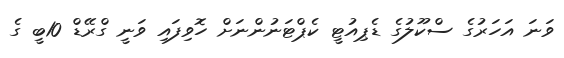
ވަނަ އަހަރުގެ ސްކޫލުގެ ޑެޕިއުޓީ ކެޕްޓަނުންނަށް ހޮވިފައި ވަނީ ގްރޭޑް 10ބީ ގެ